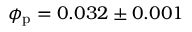
\phi _ { \mathrm { p } } = 0 . 0 3 2 \pm 0 . 0 0 1